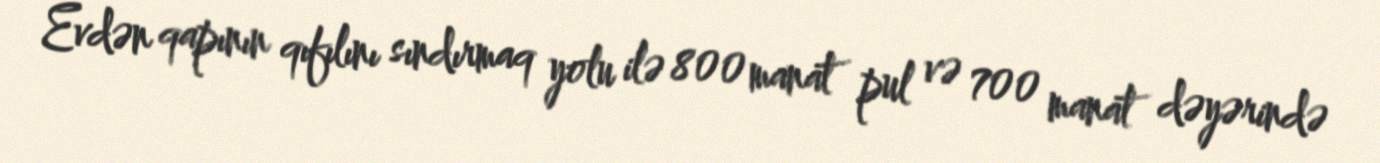
Evdən qapının qıfılını sındırmaq yolu ilə 800 manat pul və 700 manat dəyərində